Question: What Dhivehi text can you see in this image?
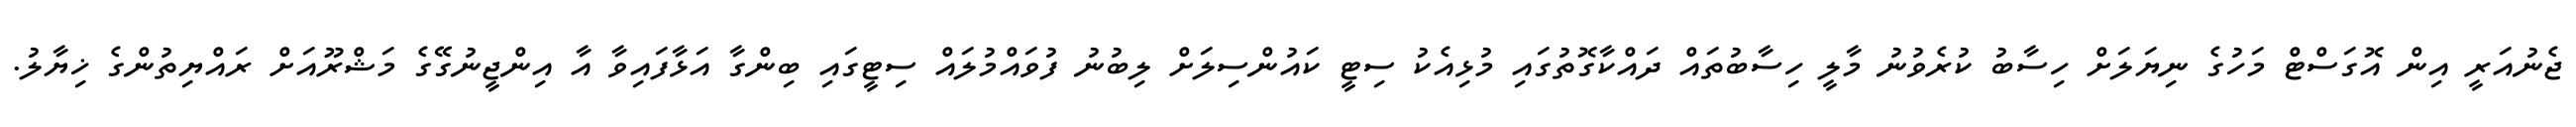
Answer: ޖެނުއަރީ އިން އޮގަސްޓް މަހުގެ ނިޔަލަށް ހިސާބު ކުރެވުނު މާލީ ހިސާބުތައް ދައްކާގޮތުގައި މުޅިއެކު ސިޓީ ކައުންސިލަށް ލިބުނު ފުވައްމުލައް ސިޓީގައި ބިންގާ އަޅާފައިވާ އާ އިންޖީނުގޭގެ މަޝްރޫއަށް ރައްޔިތުންގެ ޚިޔާލު.